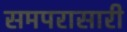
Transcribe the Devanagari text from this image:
समपरासारी